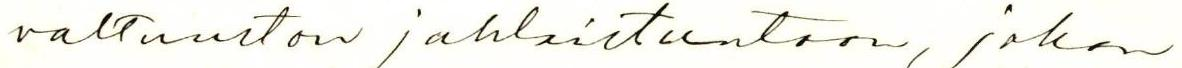
valtuuston juhlaistuntoon, joka